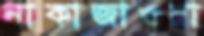
নাকাজাওয়া